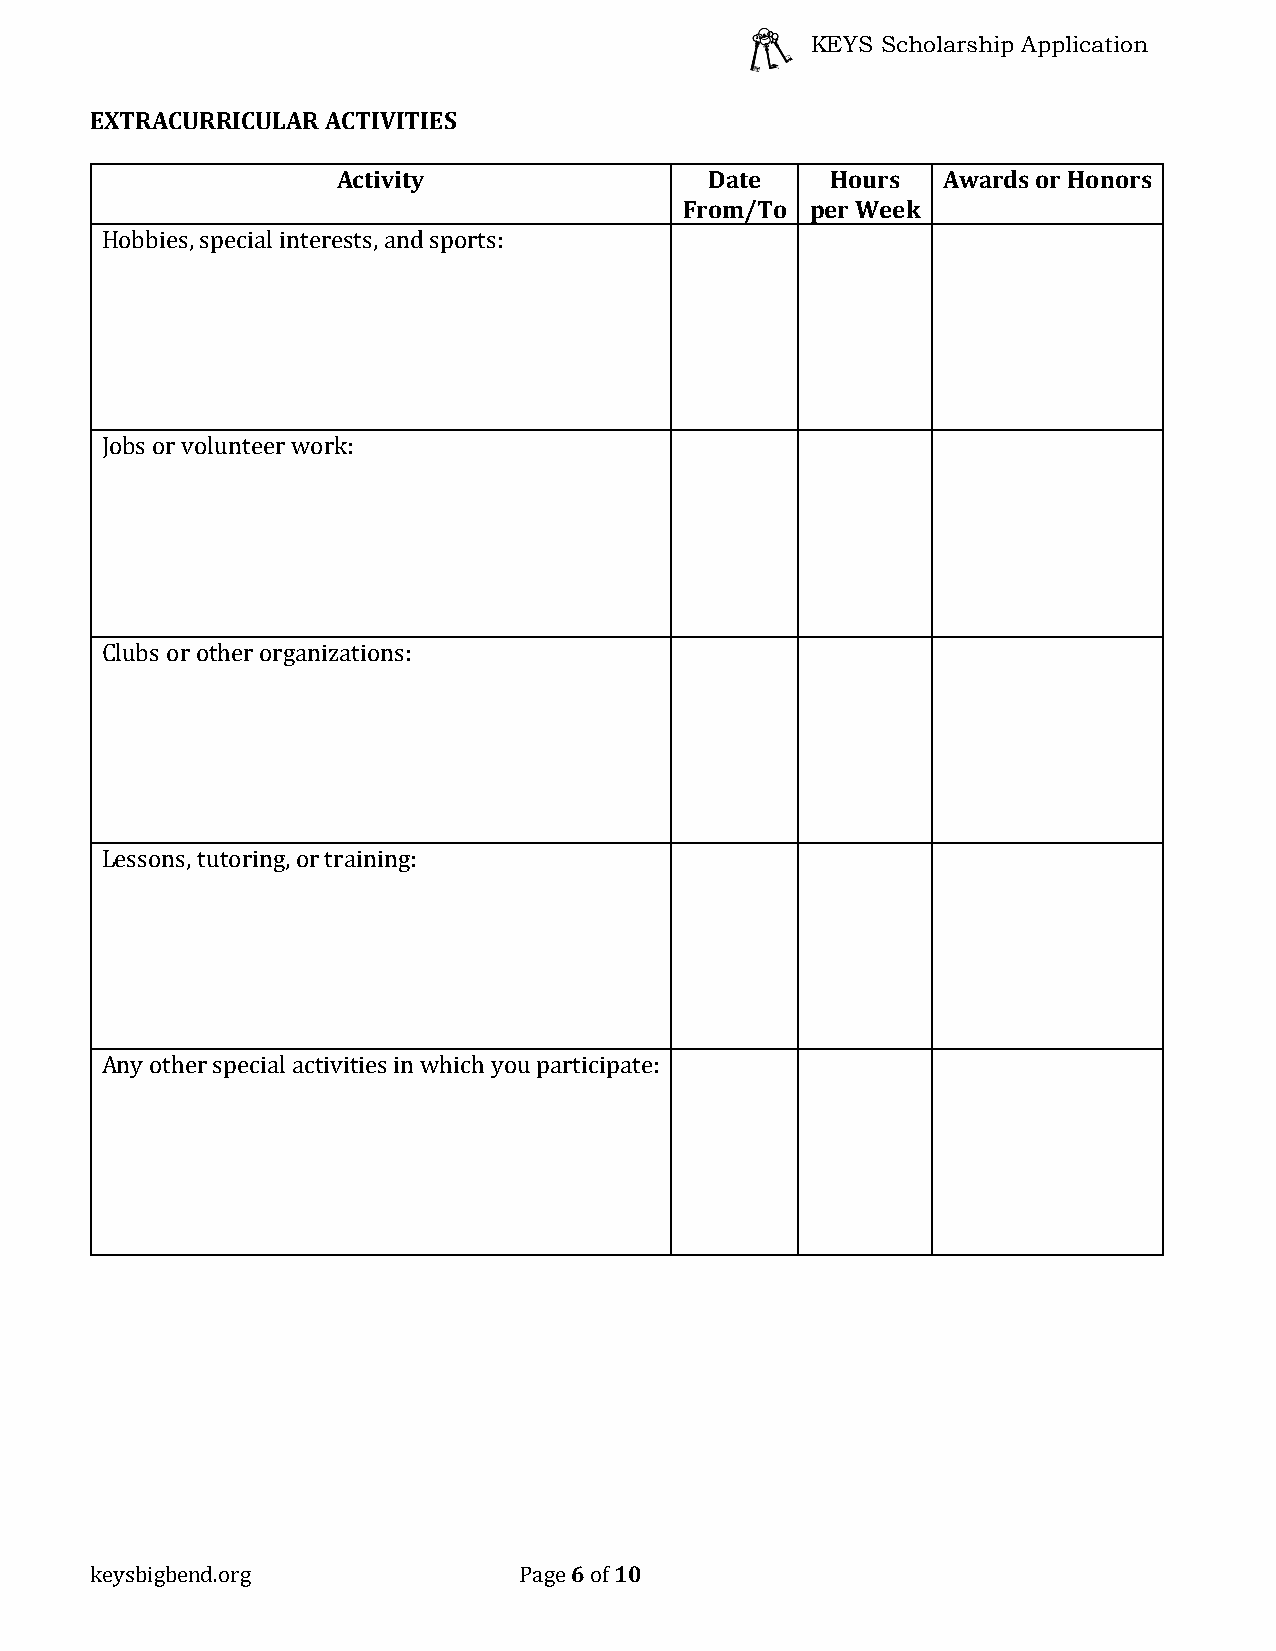
KEYS Scholarship Application
 EXTRACURRICULAR ACTIVITIES
 Activity                 Date    Hours  Awards or Honors
 From/To  per Week
 Hobbies, special interests, and sports:
 Jobs or volunteer work:
 Clubs or other organizations:
 Lessons, tutoring, or training:
 Any other special activities in which you participate:
 6  10
 keysbigbend.org             Page of